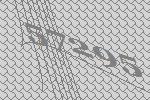
57295